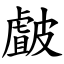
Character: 皻